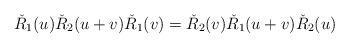
LaTeX: \begin{align*}\check R_1(u)\check R_{2}(u+v)\check R_1(v)=\check R_{2}(v)\check R_1(u+v)\check R_{2}(u)\ \ \ \ \ \end{align*}